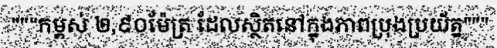
"""កម្ពស់ ២,៩០ម៉ែត្រ ដែលស្ថិតនៅក្នុងភាពប្រុងប្រយ័ត្ន"""